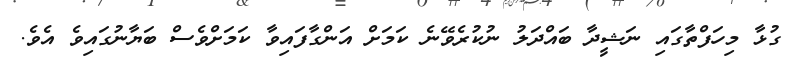
ގުޅާ މިހަފްތާގައި ނަޝީދާ ބައްދަލު ނުކުރެވޭނެ ކަމަށް އަންގާފައިވާ ކަމަށްވެސް ބަޔާނުގައިވެ އެވެ.